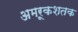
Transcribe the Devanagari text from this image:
अमरूकशतक